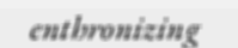
enthronizing